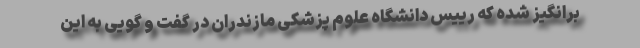
برانگیز شده که رییس دانشگاه علوم پزشکی مازندران در گفت و گویی به این